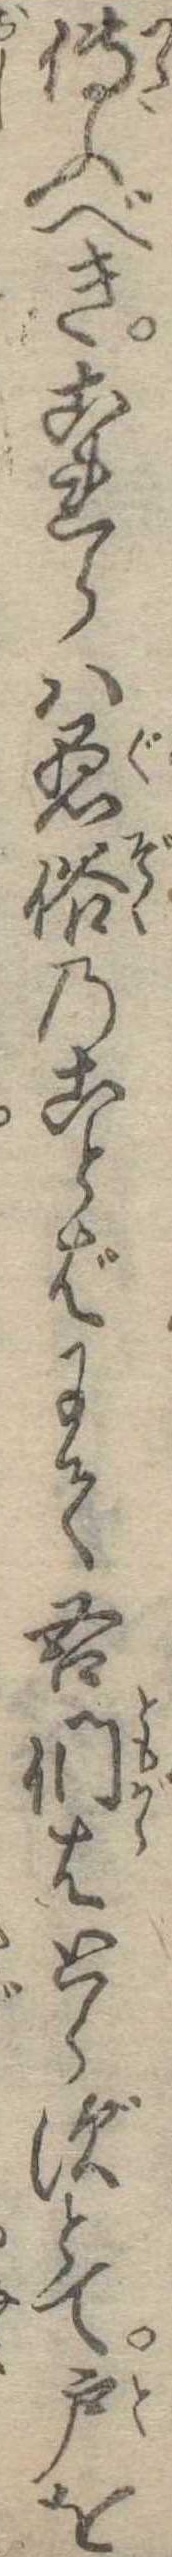
傅ふべきこれらは愚俗のことばにて吾們はとらずとて戸を